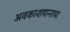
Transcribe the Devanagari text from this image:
अवकाशयानाचा